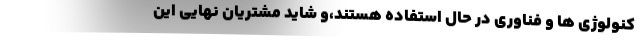
کنولوژی ها و فناوری در حال استفاده هستند،و شاید مشتریان نهایی این